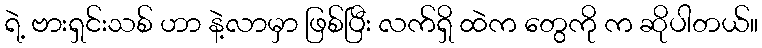
ရဲ့ ဗားရှင်းသစ် ဟာ နဲ့လာမှာ ဖြစ်ပြီး လက်ရှိ ထဲက တွေကို က ဆိုပါတယ်။